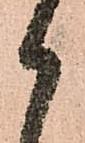
御